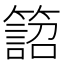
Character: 𥴜